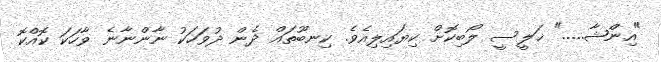
"އިންޝާ....." ޚަލީސީ ލޯބިކޮށް ކިޔައިލިއެވެ. ކިނބޫތައް ދެން ދުވަހަކު ނާންނާނެ ވާހަކަ ކޮއްކޮ